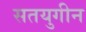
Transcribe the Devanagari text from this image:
सतयुगीन